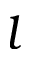
l